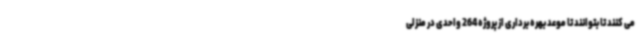
می کنند تا بتوانند تا موعد بهره برداری از پروژه 264 واحدی در منزلی